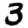
Digit: 3